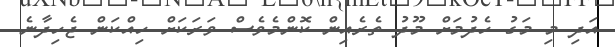
އަދި މި މަގު ހެދުމަށް މޫދު ތެރެއިން ކޮންމެވެސް ވަރަކަށް ހިއްކަން ޖެހިދާނެ